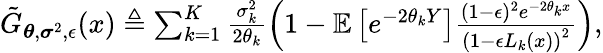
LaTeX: \begin{array}{r}{\tilde{G}_{\boldsymbol{\theta},\boldsymbol{\sigma}^{2},\epsilon}(x)\triangleq\sum_{k=1}^{K}\frac{\sigma_{k}^{2}}{2\theta_{k}}\left(1-{\mathbb{E}}\left[e^{-2\theta_{k}Y}\right]\frac{(1-\epsilon)^{2}e^{-2\theta_{k}x}}{\left(1-\epsilon L_{k}(x)\right)^{2}}\right),}\end{array}